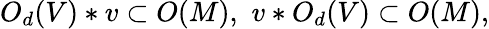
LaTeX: O_{d}(V)*v\subset O(M),\, \, v*O_{d}(V)\subset O(M),